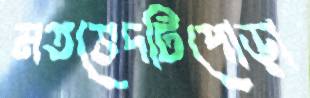
মতভেদটিপোড়া